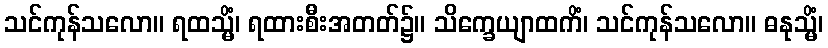
သင်ကုန်သလော။ ရထသ္မိံ၊ ရထားစီးအတတ်၌။ သိက္ခေယျာထကိံ၊ သင်ကုန်သလော။ ဓနုသ္မိံ၊